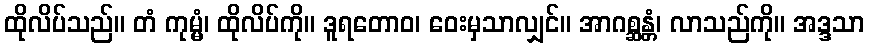
ထိုလိပ်သည်။ တံ ကုမ္မံ၊ ထိုလိပ်ကို။ ဒူရတောဝ၊ ဝေးမှသာလျှင်။ အာဂစ္ဆန္တံ၊ လာသည်ကို။ အဒ္ဒသာ